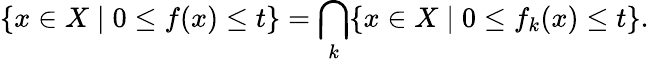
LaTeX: \{ x\in X\mid 0\leq f(x)\leq t\} =\bigcap_{k}\{ x\in X\mid 0\leq f_{k}(x)\leq t\} .